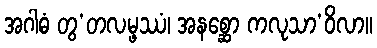
အဂါဓံ တွ’တလမ္ဖဿံ၊ အနစ္ဆော ကလုသာ’ဝိလာ။